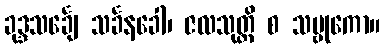
ခုဒ္ဒသင်္ချေ သင်္ခနခေါ၊ ဇလသုတ္တိ စ သမ္ဗုကော။